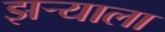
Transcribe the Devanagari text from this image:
झऱ्याला